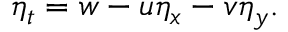
\eta _ { t } = w - u \eta _ { x } - v \eta _ { y } .